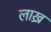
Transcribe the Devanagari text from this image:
लाख्र